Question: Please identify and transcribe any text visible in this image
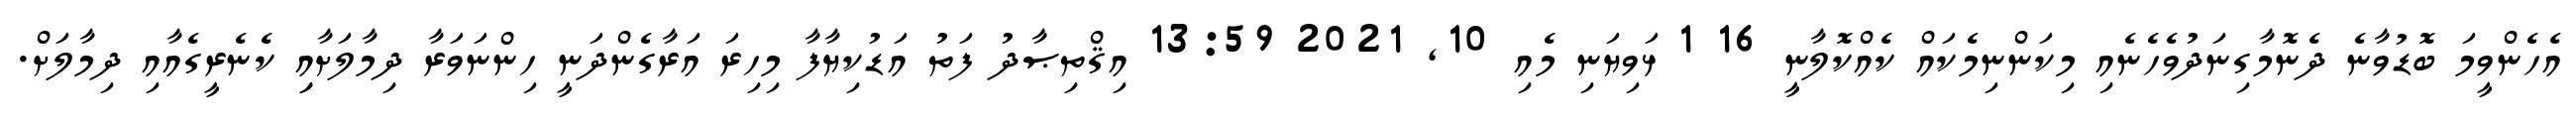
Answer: އެހެންވީމަ ބޮޑުވާނެ ދެނޮމާގިނަދުވެހެނެއި މިކަންނިމެކައް ކެއްކޮލާނީ 16 1 ޅަވިޔަނި މެއި 10, 2021 13:59 އިޤްތިޞާދު ފަތު އަޑުކިޔާފާ މިހިރަ އަރާގެންދަނީ ހިންނަވަރާ ދިމާލަށާއިި ކެނެރީގެއާއި ދިމާލަށް.